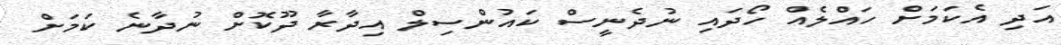
އަދި އެކަމަށް ހައްލެއް ހޯދައި ނުދެނީސް ކައުންސިލް އިދާރާ ދޫކޮށް ނުދާނެ ކަމަށް